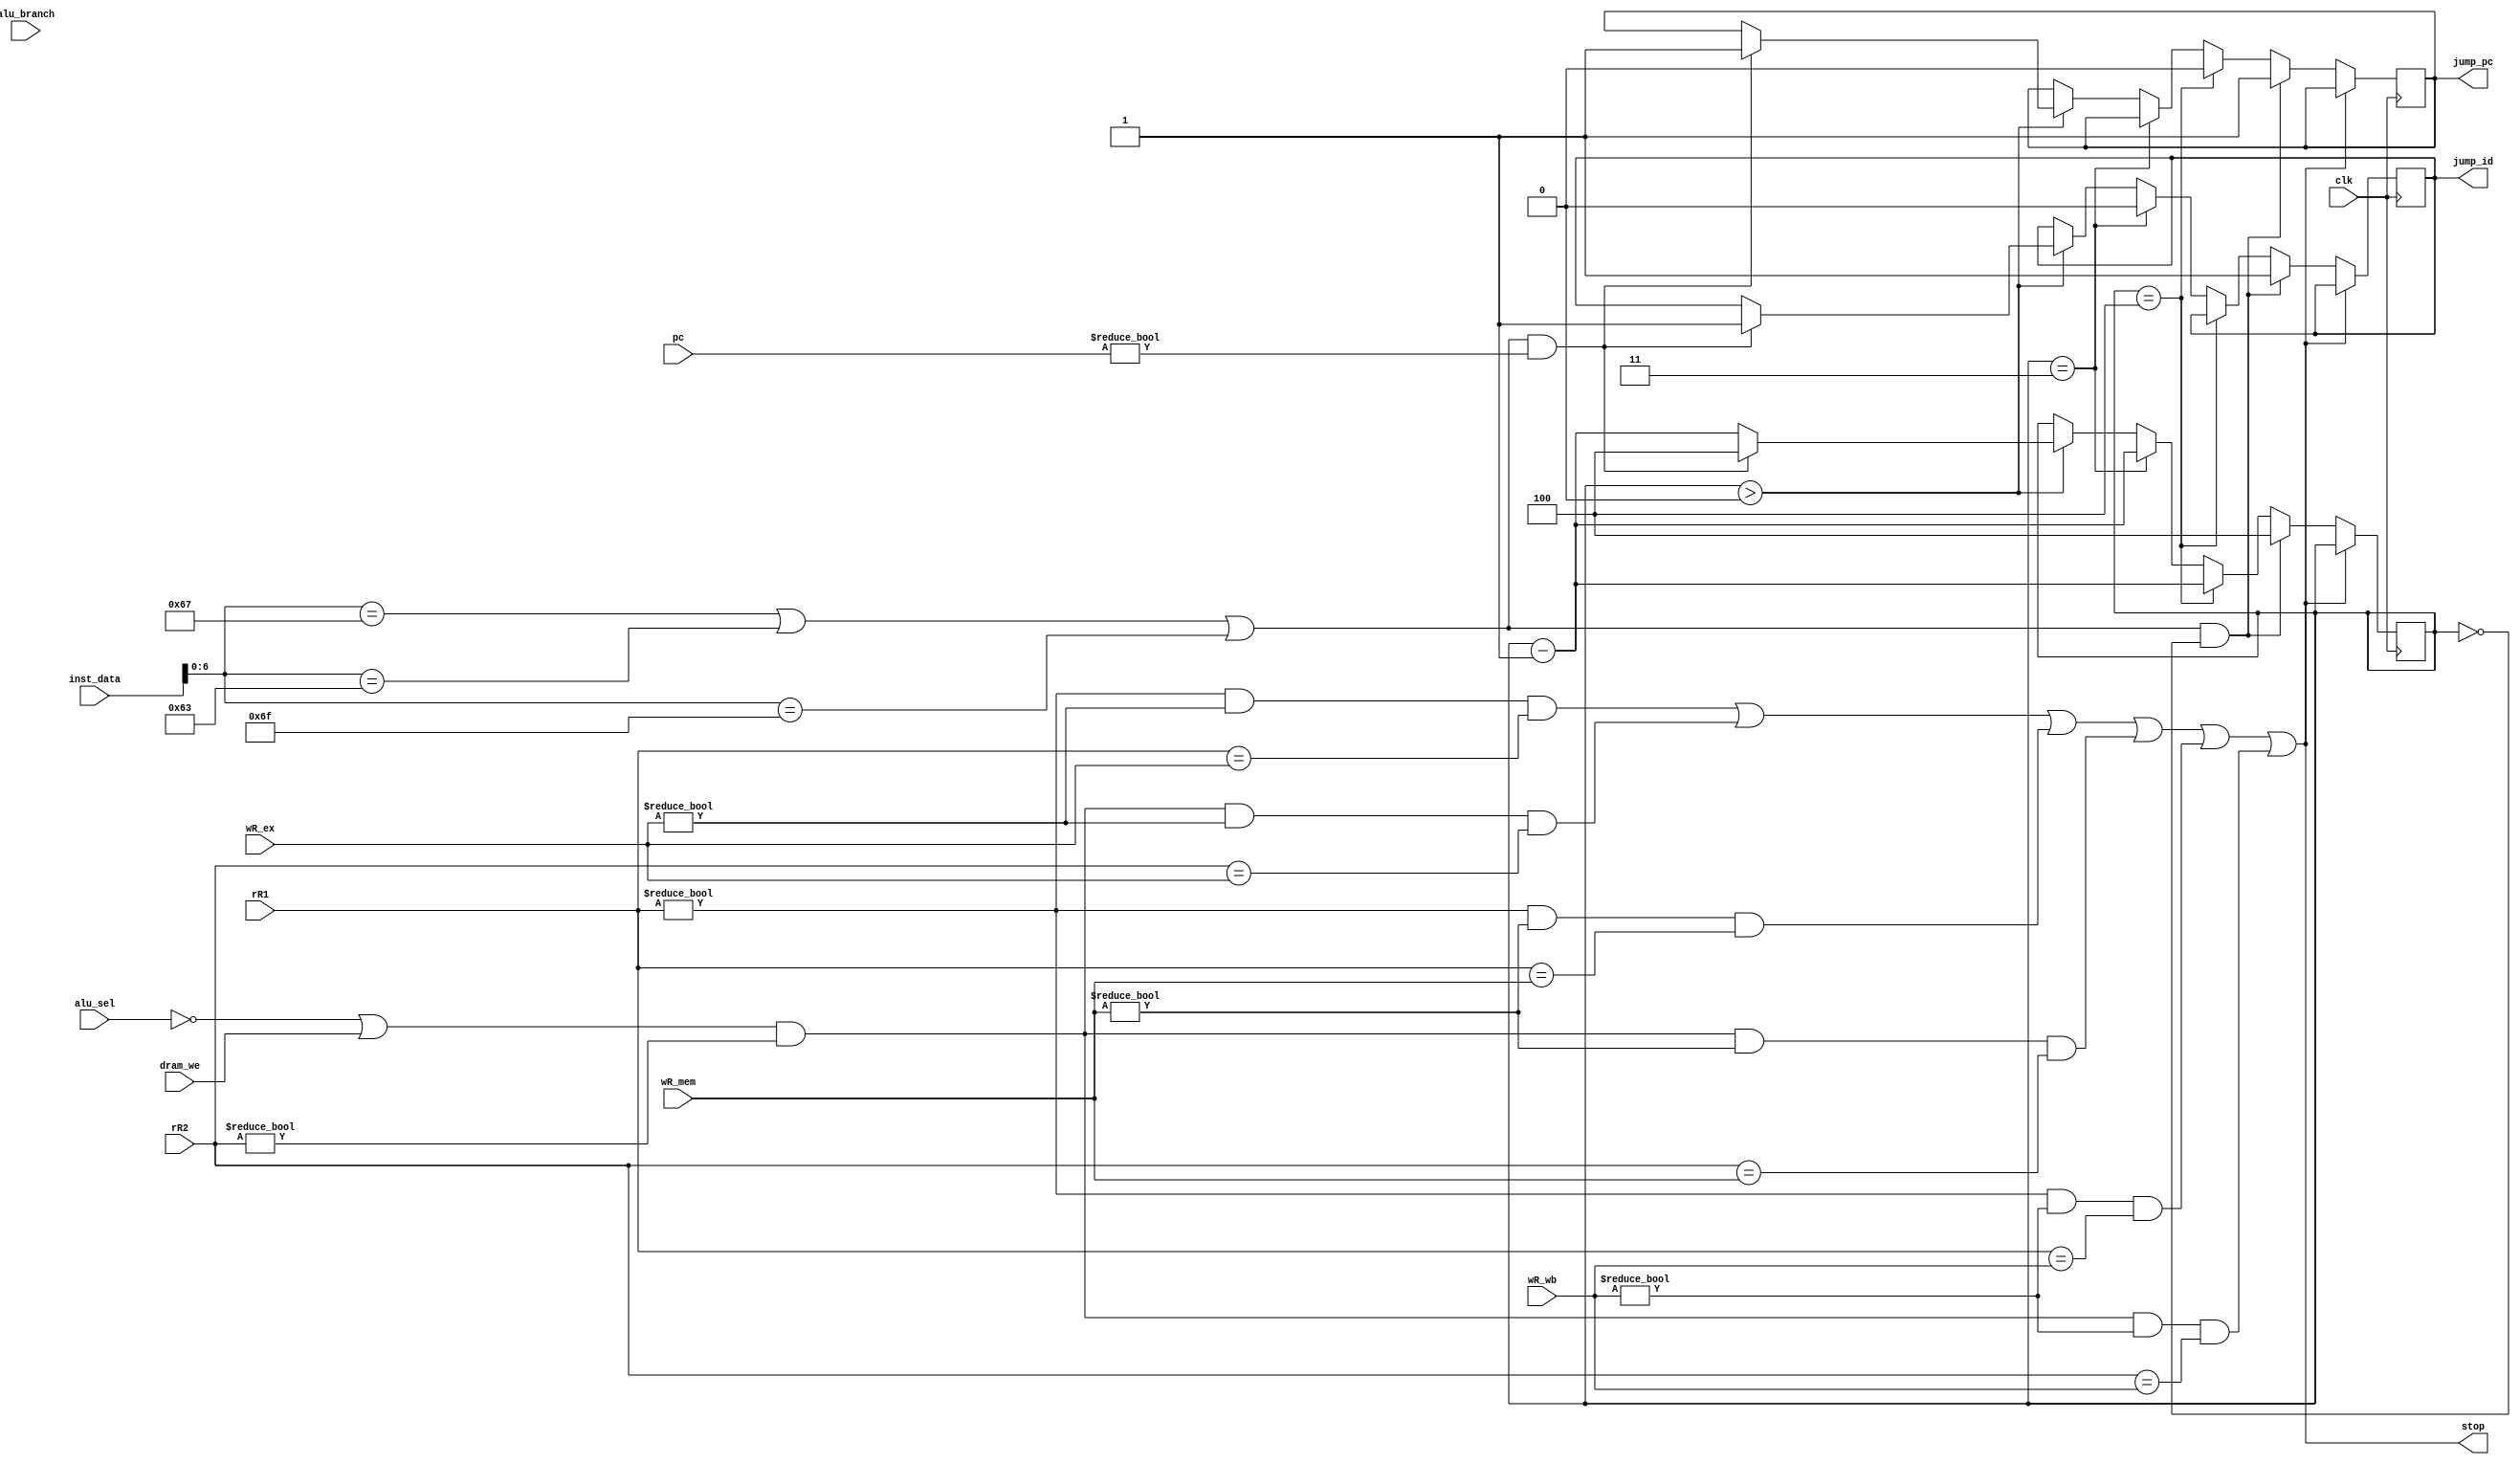
`timescale 1ns / 1ps
//////////////////////////////////////////////////////////////////////////////////
// Company: 
// Engineer: 
// 
// Design Name: 
// Module Name: hazard_test
// Project Name: 
// Target Devices: 
// Tool Versions: 
// Description: 
// 
// Dependencies: 
// 
// Revision:
// Revision 0.01 - File Created
// Additional Comments:
// 
//////////////////////////////////////////////////////////////////////////////////


module hazard_test(
    input clk,
    input alu_sel,
    input alu_branch,
    input [4:0] rR1,
    input [4:0] rR2,
    input [4:0] wR_ex,
    input [4:0] wR_mem,
    input [4:0] wR_wb,
    input [31:0] inst_data,
    input [31:0] pc,
    input dram_we,
    output stop,   
    output jump_id,
    output jump_pc 
);
    reg [2:0] cnt = 3'b000;
    reg j_reg = 1'b0;
    reg pc_reg = 1'b0;

    
    wire hazard_a1 = (rR1!=0) & (wR_ex!=0) & (rR1 == wR_ex);
    wire hazard_a2 =(~alu_sel | dram_we) & (rR2!=0) & (wR_ex!=0) & (rR2 == wR_ex);
    wire hazard_b1 = (rR1!=0) & (wR_mem!=0) & (rR1 == wR_mem);
    wire hazard_b2 =(~alu_sel | dram_we) & (rR2!=0) & (wR_mem!=0) & (rR2 == wR_mem);
    wire hazard_c1 = (rR1!=0) & (wR_wb!=0) & (rR1 == wR_wb);
    wire hazard_c2 =(~alu_sel | dram_we) & (rR2!=0) & (wR_wb!=0) & (rR2 == wR_wb);
    
  
   wire con_hazard = (inst_data[6:0] == 7'b1100111) | (inst_data[6:0] == 7'b1100011) | (inst_data[6:0] == 7'b1101111);//1100011

   
   always @ (posedge clk) begin
       if(stop) begin
            cnt <= cnt;
            j_reg <= j_reg;
            pc_reg <= pc_reg;
       end 
       else if(con_hazard & (cnt==3'b000)) begin
            cnt <= 3'b100;
            j_reg <= 1'b1;
            pc_reg <= 1'b1;
        end
        else if(cnt == 3'b100) begin
            cnt <= cnt - 3'b001;
            pc_reg <= 1'b0;
        end
        else if(cnt == 3'b011) begin
            cnt <= cnt - 3'b001;
            j_reg <= 1'b0;
        end
        else if(cnt > 3'b000) begin
            if(con_hazard & (pc != 32'b0)) begin
                cnt <= 3'b100;
                j_reg <= 1'b1;
                pc_reg <= 1'b1;
            end
            else
                cnt <= cnt - 3'b001;
        end       
        else
            cnt <= cnt;  
   end
   
    assign jump_id = j_reg;
    assign jump_pc = pc_reg;
    assign stop = hazard_a1 | hazard_a2 | hazard_b1 | hazard_b2 | hazard_c1 | hazard_c2; 
endmodule